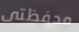
محفظتى